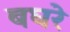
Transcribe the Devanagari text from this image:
बघरे